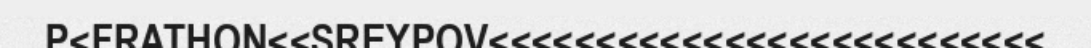
P<FRATHON<<SREYPOV<<<<<<<<<<<<<<<<<<<<<<<<<<